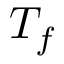
T _ { f }